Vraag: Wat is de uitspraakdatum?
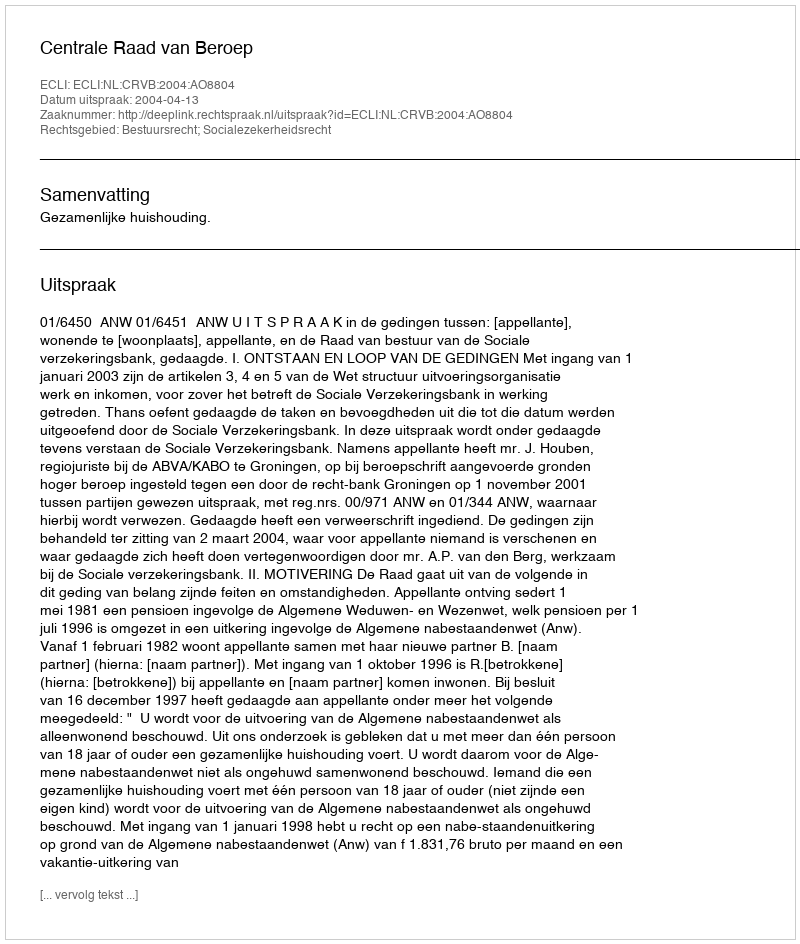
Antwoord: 2004-04-13